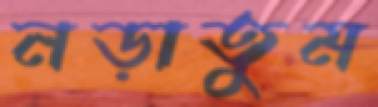
নড়াতুম